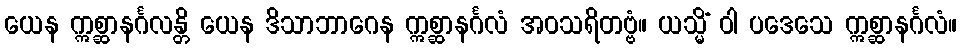
ယေန ဣစ္ဆာနင်္ဂလန္တိ ယေန ဒိသာဘာဂေန ဣစ္ဆာနင်္ဂလံ အဝသရိတဗ္ဗံ။ ယသ္မိံ ဝါ ပဒေသေ ဣစ္ဆာနင်္ဂလံ။